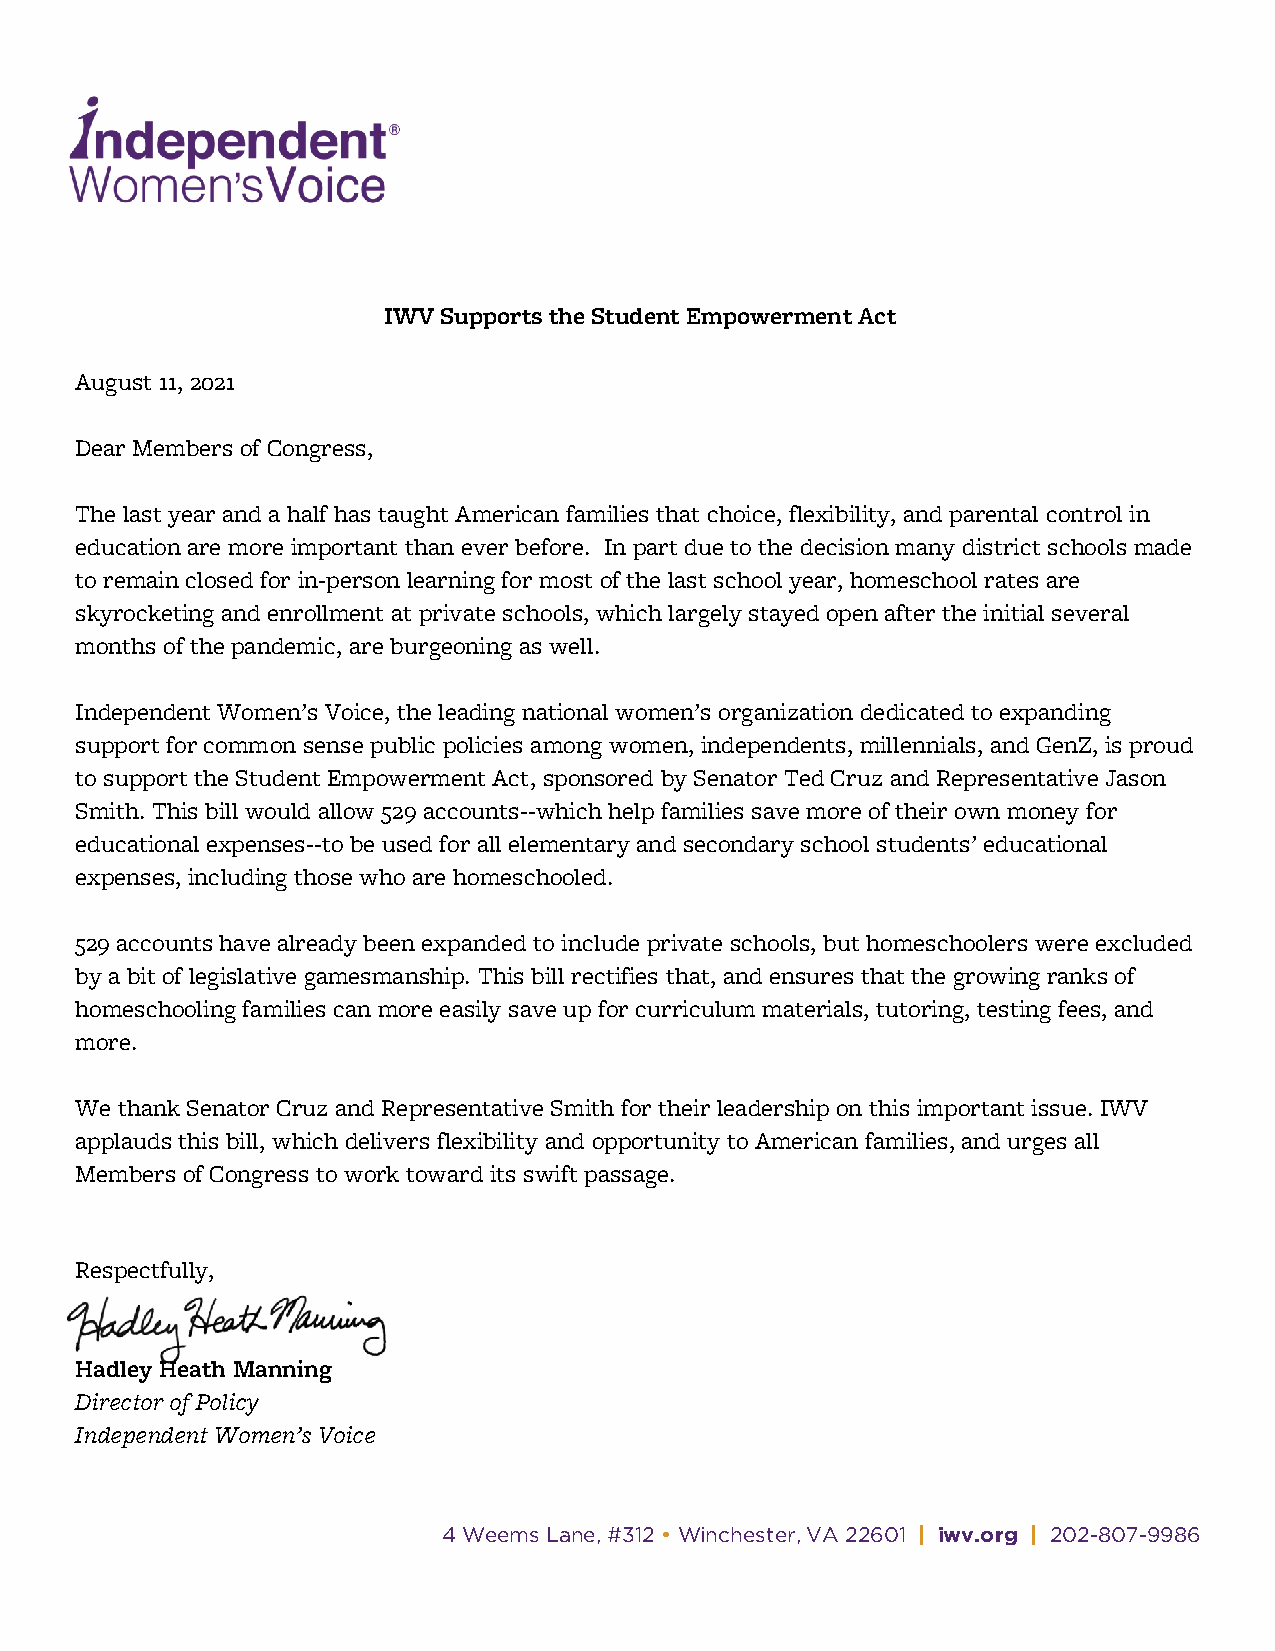
IWV Supports the Student Empowerment Act
 August 11, 2021
 Dear Members of Congress,
 The last year and a half has taught American families that choice, flexibility, and parental control in
 education are more important than ever before. In part due to the decision many district schools made
 to remain closed for in-person learning for most of the last school year, homeschool rates are
 skyrocketing and enrollment at private schools, which largely stayed open after the initial several
 months of the pandemic, are burgeoning as well.
 Independent Women’s Voice, the leading national women’s organization dedicated to expanding
 support for common sense public policies among women, independents, millennials, and GenZ, is proud
 to support the Student Empowerment Act, sponsored by Senator Ted Cruz and Representative Jason
 Smith. This bill would allow 529 accounts--which help families save more of their own money for
 educational expenses--to be used for all elementary and secondary school students’ educational
 expenses, including those who are homeschooled.
 529 accounts have already been expanded to include private schools, but homeschoolers were excluded
 by a bit of legislative gamesmanship. This bill rectifies that, and ensures that the growing ranks of
 homeschooling families can more easily save up for curriculum materials, tutoring, testing fees, and
 more.
 We thank Senator Cruz and Representative Smith for their leadership on this important issue. IWV
 applauds this bill, which delivers flexibility and opportunity to American families, and urges all
 Members of Congress to work toward its swift passage.
 Respectfully,
 Hadley Heath Manning
 Director of Policy
 Independent Women’s Voice
 4 Weems Lane, #312 • Winchester, VA 22601 | iwv.org | 202-807-9986